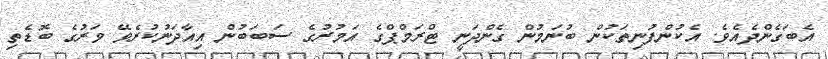
އެބަގެންދެއެވެ. އެކުންފުނިތަކުން ބުނަމުން ގެންދަނީ ޓްރަމްޕްގެ އަމުރުގެ ސަބަބުން އިއާދަނުކުރެވޭ ވަރުގެ ބޮޑެތި